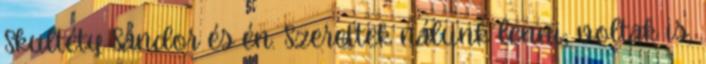
Skultéty Sándor és én. Szerettek nálunk lenni; voltak is,